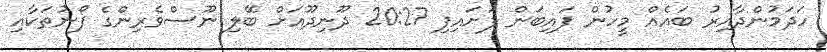
ހަދަމުންދާއިރު ބައެއް މީހުން ފައިބަން ފަށައިފި 20:27 ދޫނިދޫއަށް ބޭލި ނޫސްވެރިންގެ ފޯނުތަކާއި